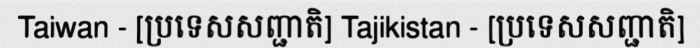
Taiwan - [ប្រទេសសញ្ជាតិ] Tajikistan - [ប្រទេសសញ្ជាតិ]